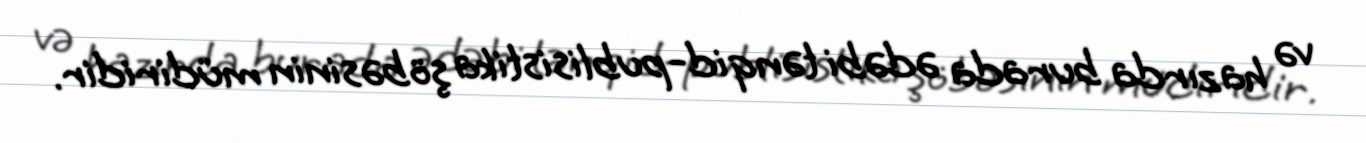
və hazırda burada ədəbi tənqid-publisistika şöbəsinin müdiridir.